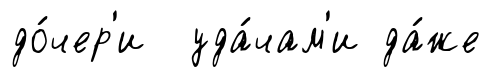
до́чер'и уда́чам'и да́же